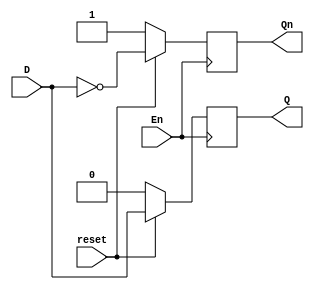
module D_latch(
    input D,
    input En,
    input reset,
    output reg Q,
    output reg Qn
    );
    always @(posedge En)
    if(~reset) begin
    Q <= 1'b0;
    Qn<= 1'b1;
    end else begin
    Q<=D;
    Qn<=~D;
    end
endmodule
module Seq_D(input Clk,input reset,input X,output Y);
    wire x1,x2; 
    wire q1;wire q2;
    wire qn1,qn2;
    
    and_gate xand(X,qn1,x1);
    D_latch first_d(x1,Clk,reset,q1,qn1);
    
    or_gate f_or(qn2,q1,x2);
    D_latch second_d(x2,Clk,reset,q2,qn2);
    
    or_gate final(q2,qn1,Y);
    
endmodule